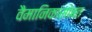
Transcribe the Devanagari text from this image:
वैमानिकांसोबत